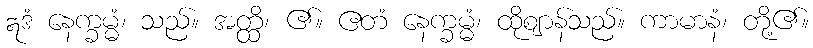
ဣဒံ နေက္ခမ္မံ၊ သည်။ အတ္ထိ၊ ၏။ ဧတံ နေက္ခမ္မံ၊ ထိုဈာန်သည်။ ကာမာနံ၊ တို့၏။